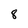
Character: 8